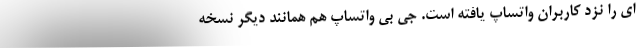
ای را نزد کاربران واتساپ یافته است. جی بی واتساپ هم همانند دیگر نسخه